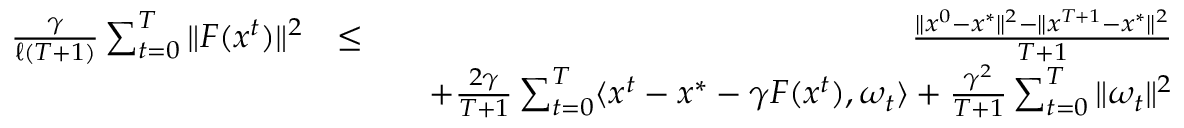
\begin{array} { r l r } { \frac { \gamma } { \ell ( T + 1 ) } \sum _ { t = 0 } ^ { T } \| F ( x ^ { t } ) \| ^ { 2 } } & { \leq } & { \frac { \| x ^ { 0 } - x ^ { * } \| ^ { 2 } - \| x ^ { T + 1 } - x ^ { * } \| ^ { 2 } } { T + 1 } } \\ & { } & { \quad + \frac { 2 \gamma } { T + 1 } \sum _ { t = 0 } ^ { T } \langle x ^ { t } - x ^ { * } - \gamma F ( x ^ { t } ) , \omega _ { t } \rangle + \frac { \gamma ^ { 2 } } { T + 1 } \sum _ { t = 0 } ^ { T } \| \omega _ { t } \| ^ { 2 } } \end{array}